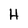
Character: H